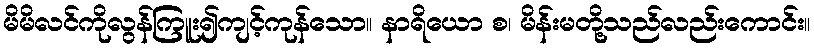
မိမိလင်ကိုလွန်ကြူး၍ကျင့်ကုန်သော။ နာရိယော စ၊ မိန်းမတို့သည်လည်းကောင်း။